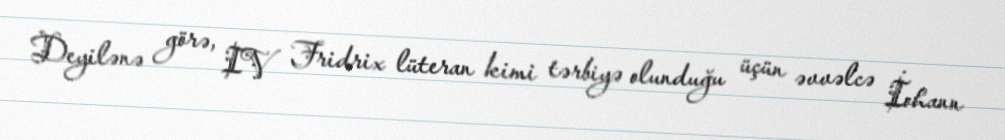
Deyilənə görə, IV Fridrix lüteran kimi tərbiyə olunduğu üçün əvvəlcə İohann